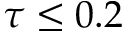
\tau \leq 0 . 2